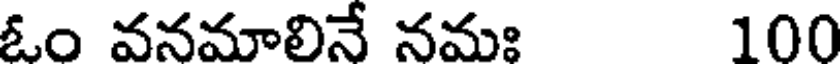
ఓం వనమాలినే నమః 100